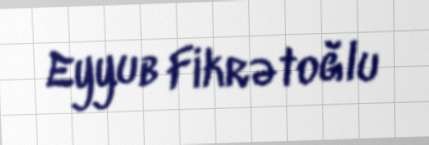
Eyyub Fikrətoğlu